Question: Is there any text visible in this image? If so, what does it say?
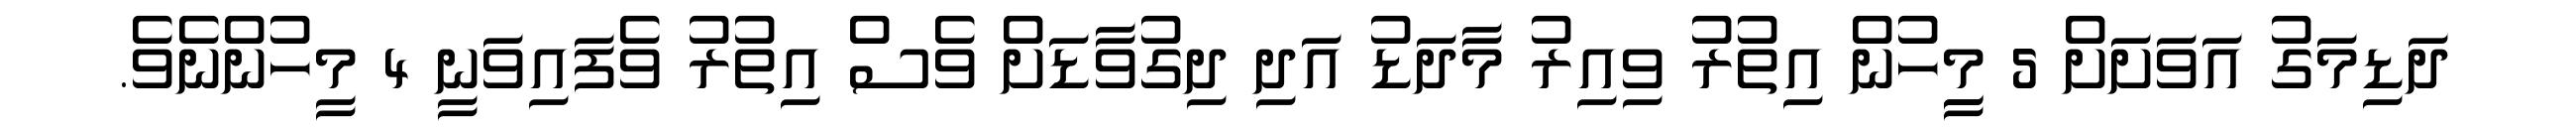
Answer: ދަޑިމަގު އަވަށަށް 5 މިީހުން އިތުރު ވިއިރު މާދަޑު އަދި ދިގުވާޑަށް ވެސް އިތުރު ވެފައިވަނީ 4 މީހުންނެވެ.